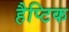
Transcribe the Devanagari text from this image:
हैप्टिक